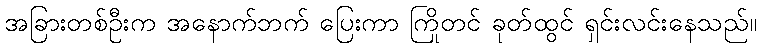
အခြားတစ်ဦးက အနောက်ဘက် ပြေးကာ ကြိုတင် ခုတ်ထွင် ရှင်းလင်းနေသည်။